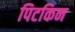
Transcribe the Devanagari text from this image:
पिटकिन